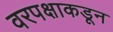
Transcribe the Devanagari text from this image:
वरपक्षाकडून